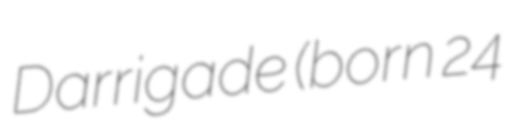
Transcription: Darrigade (born 24